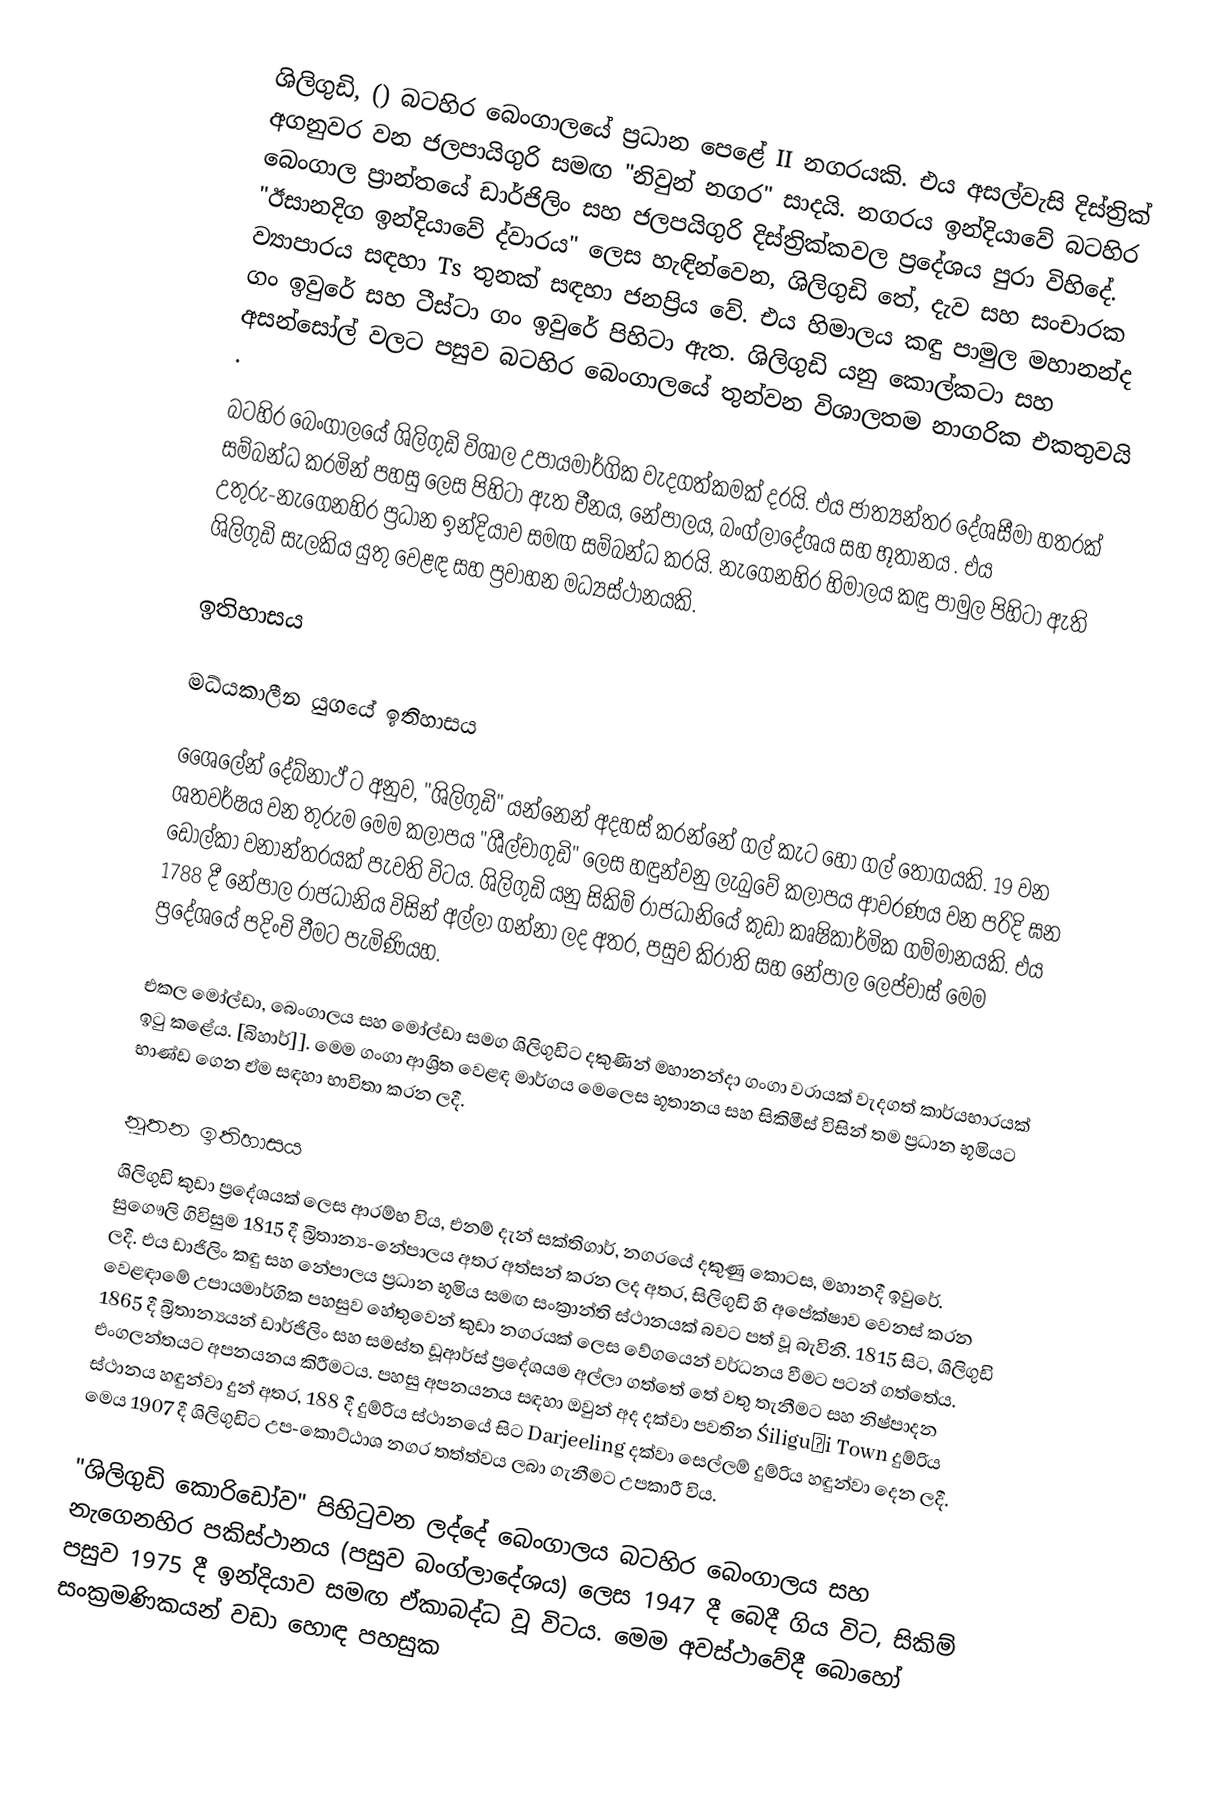
ශිලිගුඩි, () බටහිර බෙංගාලයේ ප්‍රධාන පෙළේ II නගරයකි. එය අසල්වැසි දිස්ත්‍රික් අගනුවර වන ජලපායිගුරි සමඟ "නිවුන් නගර" සාදයි. නගරය ඉන්දියාවේ බටහිර බෙංගාල ප්‍රාන්තයේ ඩාර්ජිලිං සහ ජලපයිගුරි දිස්ත්‍රික්කවල ප්‍රදේශය පුරා විහිදේ. "ඊසානදිග ඉන්දියාවේ ද්වාරය" ලෙස හැඳින්වෙන,   ශිලිගුඩි තේ, දැව සහ සංචාරක ව්‍යාපාරය සඳහා Ts තුනක් සඳහා ජනප්‍රිය වේ.  එය හිමාලය කඳු පාමුල මහානන්ද ගං ඉවුරේ සහ ටීස්ටා ගං ඉවුරේ පිහිටා ඇත. ශිලිගුඩි යනු කොල්කටා සහ අසන්සෝල් වලට පසුව බටහිර බෙංගාලයේ තුන්වන විශාලතම නාගරික එකතුවයි .

බටහිර බෙංගාලයේ ශිලිගුඩි විශාල උපායමාර්ගික වැදගත්කමක් දරයි. එය ජාත්‍යන්තර දේශසීමා හතරක් සම්බන්ධ කරමින් පහසු ලෙස පිහිටා ඇත චීනය, නේපාලය, බංග්ලාදේශය සහ භූතානය . එය උතුරු-නැගෙනහිර ප්‍රධාන ඉන්දියාව සමඟ සම්බන්ධ කරයි. නැගෙනහිර හිමාලය කඳු පාමුල පිහිටා ඇති ශිලිගුඩි සැලකිය යුතු වෙළඳ සහ ප්‍රවාහන මධ්‍යස්ථානයකි.

ඉතිහාසය

මධ්යකාලීන යුගයේ ඉතිහාසය

ශෛලේන් දේබ්නාථ් ට අනුව, "ශිලිගුඩි" යන්නෙන් අදහස් කරන්නේ ගල් කැට හෝ ගල් තොගයකි. 19 වන ශතවර්ෂය වන තුරුම මෙම කලාපය "ශීල්චාගුඩි" ලෙස හඳුන්වනු ලැබුවේ කලාපය ආවරණය වන පරිදි ඝන ඩොල්කා වනාන්තරයක් පැවති විටය. ශිලිගුඩි යනු සිකිම් රාජධානියේ කුඩා කෘෂිකාර්මික ගම්මානයකි. එය 1788 දී නේපාල රාජධානිය විසින් අල්ලා ගන්නා ලද අතර, පසුව කිරාති සහ නේපාල ලෙප්චාස් මෙම ප්‍රදේශයේ පදිංචි වීමට පැමිණියහ.

එකල මෝල්ඩා, බෙංගාලය සහ මෝල්ඩා සමග ශිලිගුඩිට දකුණින් මහානන්දා ගංගා වරායක් වැදගත් කාර්යභාරයක් ඉටු කළේය. [බිහාර්]]. මෙම ගංගා ආශ්‍රිත වෙළඳ මාර්ගය මෙලෙස භූතානය සහ සිකිමීස් විසින් තම ප්‍රධාන භූමියට භාණ්ඩ ගෙන ඒම සඳහා භාවිතා කරන ලදී.

නූතන ඉතිහාසය
ශිලිගුඩි කුඩා ප්‍රදේශයක් ලෙස ආරම්භ විය, එනම් දැන් සක්තිගාර්, නගරයේ දකුණු කොටස, මහානදී ඉවුරේ. සුගෞලි ගිවිසුම 1815 දී බ්‍රිතාන්‍ය-නේපාලය අතර අත්සන් කරන ලද අතර, සිලිගුඩි හි අපේක්ෂාව වෙනස් කරන ලදී. එය ඩාජිලිං කඳු සහ නේපාලය ප්‍රධාන භූමිය සමඟ සංක්‍රාන්ති ස්ථානයක් බවට පත් වූ බැවිනි. 1815 සිට, ශිලිගුඩි වෙළඳාමේ උපායමාර්ගික පහසුව හේතුවෙන් කුඩා නගරයක් ලෙස වේගයෙන් වර්ධනය වීමට පටන් ගත්තේය. 1865 දී බ්‍රිතාන්‍යයන් ඩාර්ජිලිං සහ සමස්ත ඩූආර්ස් ප්‍රදේශයම අල්ලා ගත්තේ තේ වතු තැනීමට සහ නිෂ්පාදන එංගලන්තයට අපනයනය කිරීමටය. පහසු අපනයනය සඳහා ඔවුන් අද දක්වා පවතින Śiliguḍi Town දුම්රිය ස්ථානය හඳුන්වා දුන් අතර, 188 දී දුම්රිය ස්ථානයේ සිට Darjeeling දක්වා සෙල්ලම් දුම්රිය හඳුන්වා දෙන ලදී. මෙය 1907 දී ශිලිගුඩිට උප-කොට්ඨාශ නගර තත්ත්වය ලබා ගැනීමට උපකාරී විය.

"ශිලිගුඩි කොරිඩෝව" පිහිටුවන ලද්දේ බෙංගාලය බටහිර බෙංගාලය සහ නැගෙනහිර පකිස්ථානය (පසුව බංග්ලාදේශය) ලෙස 1947 දී බෙදී ගිය විට, සිකිම් පසුව 1975 දී ඉන්දියාව සමඟ ඒකාබද්ධ වූ විටය. මෙම අවස්ථාවේදී බොහෝ සංක්‍රමණිකයන් වඩා හොඳ පහසුක